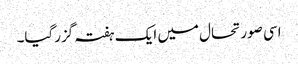
اسی صورتحال میں ایک ہفتہ گزرگیا۔